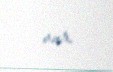
var.